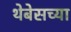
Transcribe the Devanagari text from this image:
थेबेसच्या